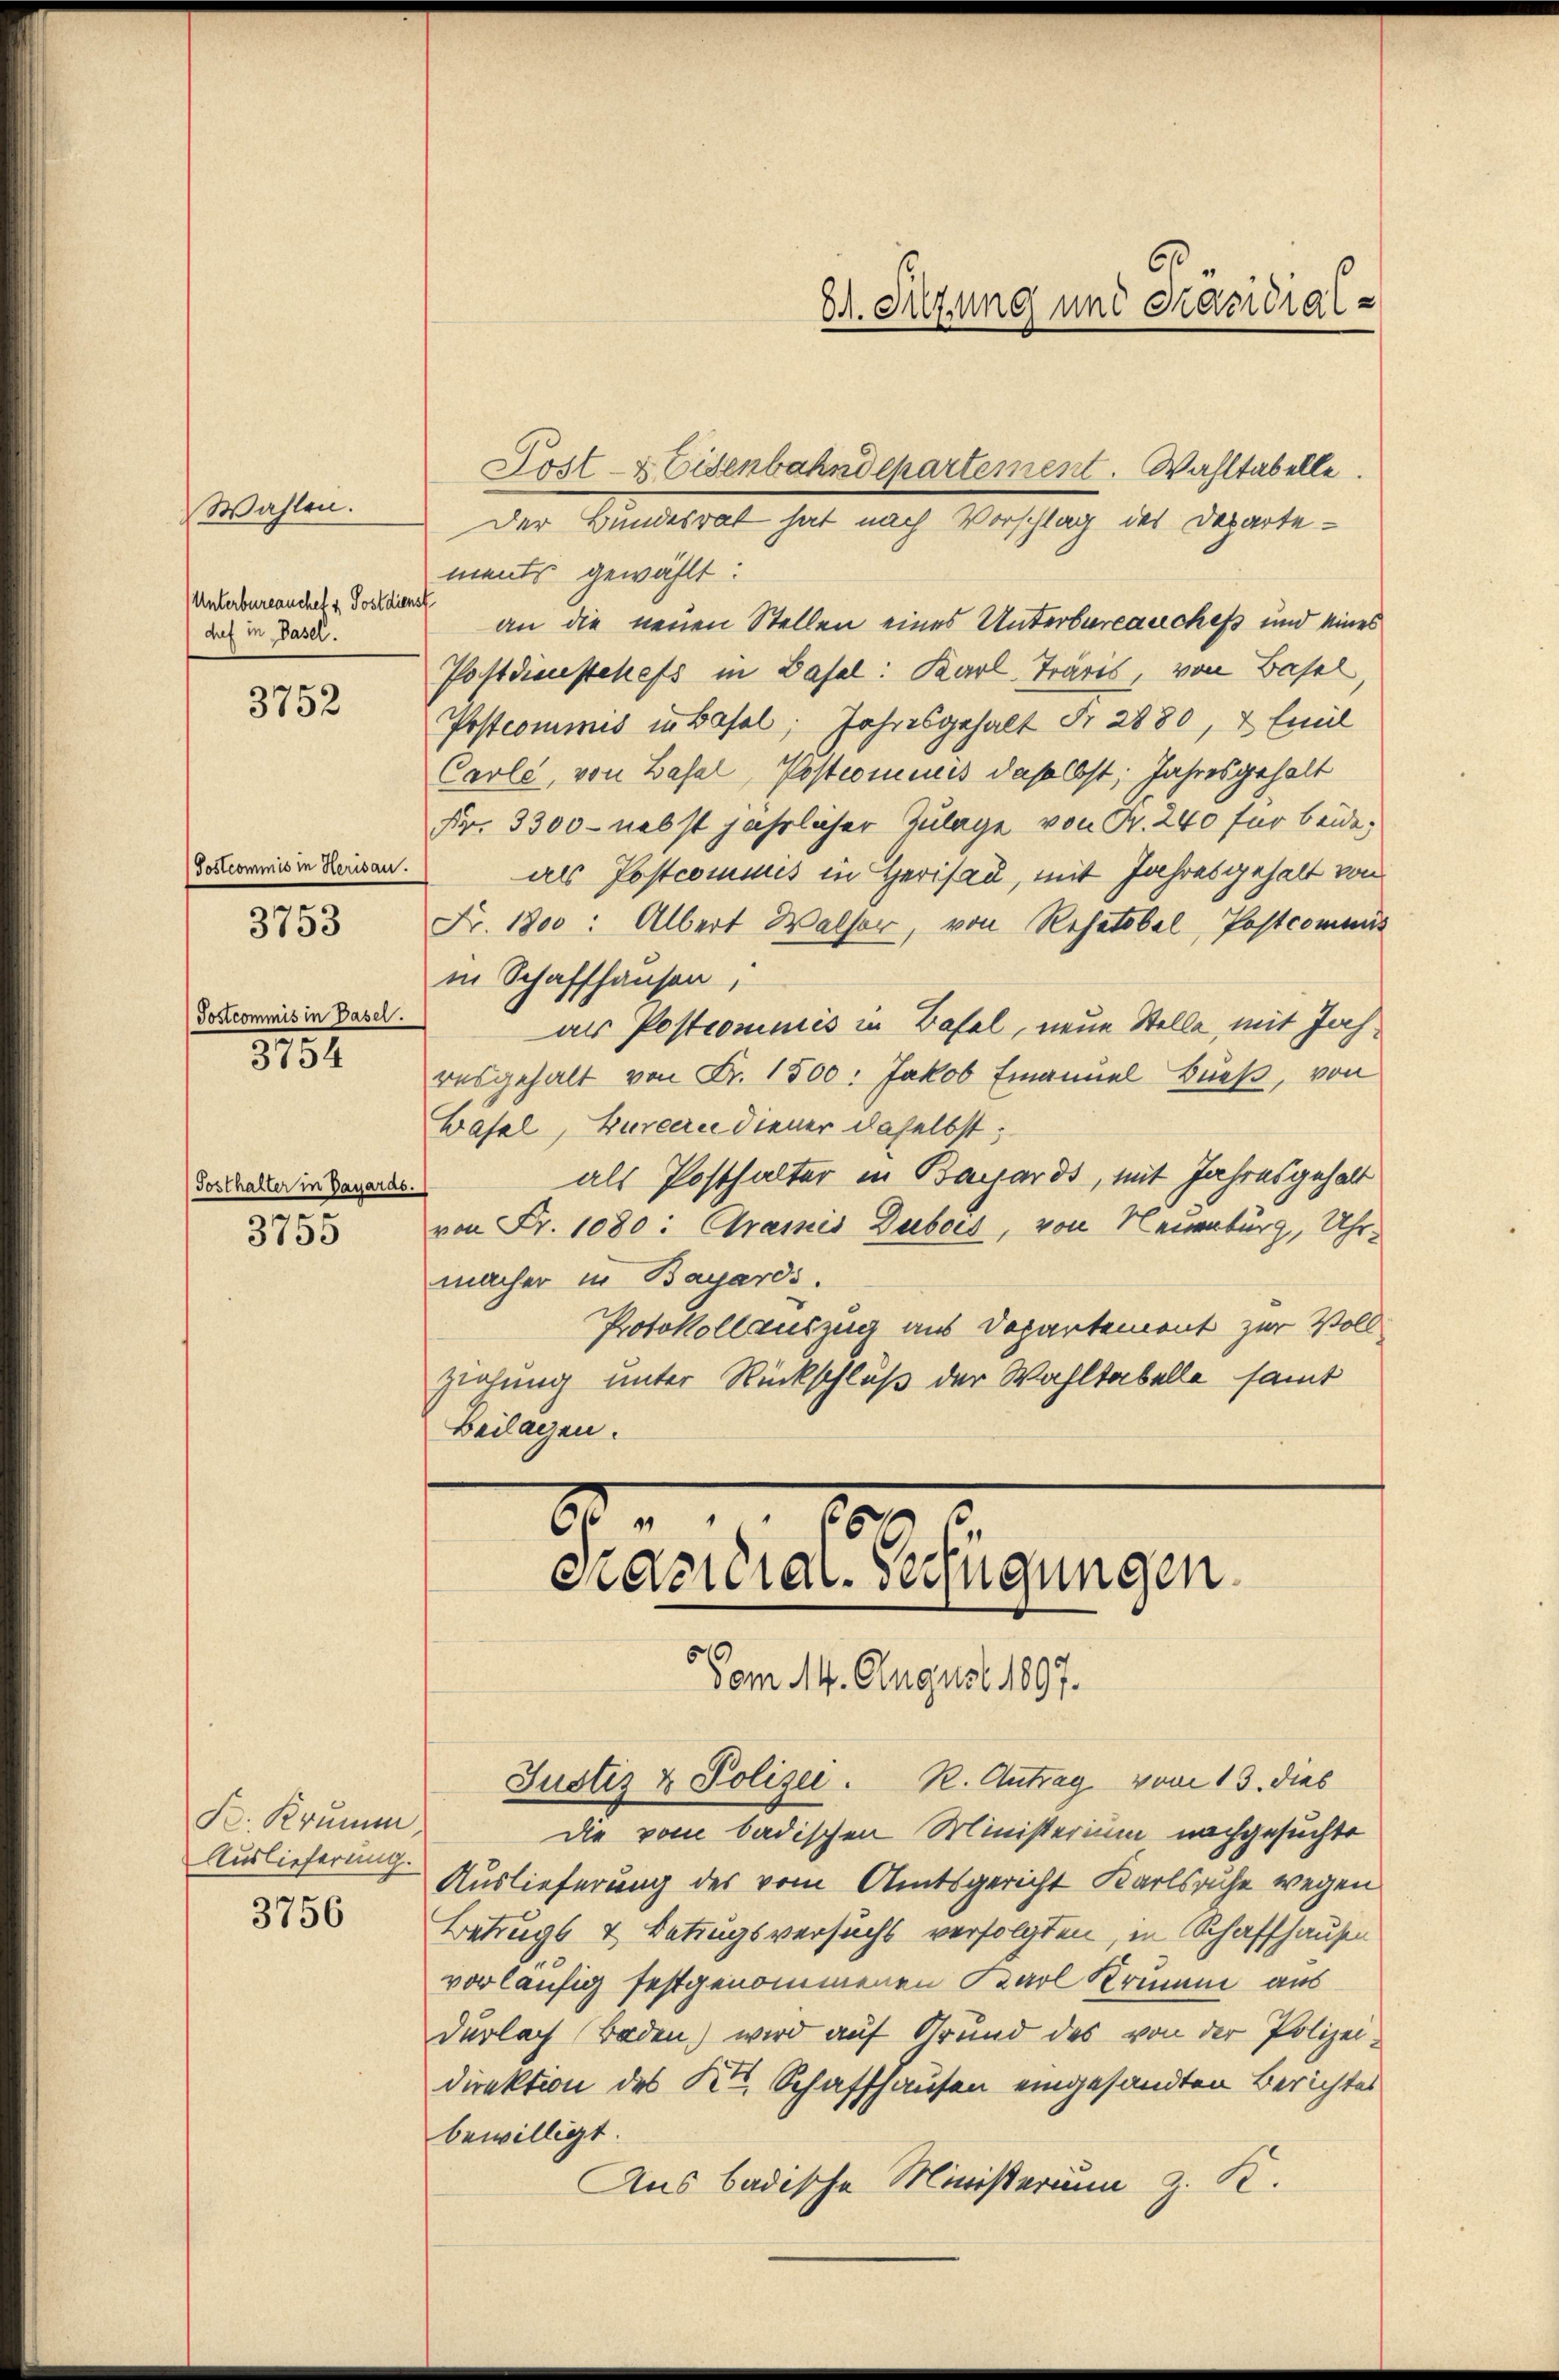
Wahlen.
Unterbureauchet & Postdiens
chef in Basel.

3752

Postcommis in Herisau.

3753

Jostcommis in Basel
3754

Posthalter in Dayards
3755

K. Krumm
Auslieferung.
3756

Dr. Silzung und Präsidial-

ments gewählt:
an die neuen Stellen eines Unterbureauchefs und eines
Postdienstehefs in Basel: Karl Träris, von Basel
Postcommis in Basel; Jahresgehalt Fr. 2880, 4 Emil
Carle, von Basel, Postcomines daselbst, Jahresgehalt
Fr. 3300 - nebst jährlicher Zulage von Fr. 240 für beide,
als Postcommis in Herisau, mit Jahresgehalt von
Fr. 1800: Albert Walser, von Resatobel, Postcommis
in Schaffhausen,
ar Postcommis in Basel, neue Stelle, mit Jahresgehalt von Fr. 1500: Jakob Emanuel Bueß, von
Wasel, Bureau diener daselbst;
als Posthalter in Bayards, mit Jahresgehalt
von Fr. 1080: Gramis Dubois, von Neuenburg, Uhr-
macher in Bayards.
Protokollauszug aus Departement zur Voll
ziehung unter Rückschluß der Wahltabelle samt
Beilagen.
80
s
endicial-Verfügungen.
Vom 14. August 1897.
Justiz & Polizei. R. Antrag vom 13. dies
die vom badischen Ministerium nachgesuchte
Auslieferung des vom Amtsgericht Karlsache wegen
Betrugs & Betragsversuchs verfolgten, in Schaffhausen
vorläufig festgenommenen Karl Krumm aus
dürlach Baden) wird auf Grund des von der Polizeidirektion des Kt. Schaffhausen eingesandten Berichtes
bewilligt.
Aus badische Ministerium z. K.

Lost- & Eisenbahndepartement. Wahltabelle.

Der Bundesrat hat nach Vorschlag des Departe¬